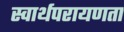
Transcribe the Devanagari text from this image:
स्वार्थपरायणता